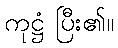
ကုဋ္ဌံ ပြီး၏။